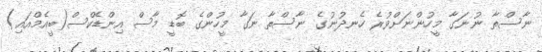
ނާސްތާ ނުނަގާ މީހުންނަށްވުރެ ހެނދުނުގެ ނާސްތާ ނަގާ މީހުންގެ ބޮޑީ މާސް އިންޑެކްސް(ބީއެމްއައި)